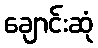
ချောင်းဆုံ